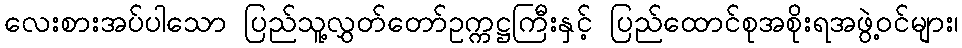
လေးစားအပ်ပါသော ပြည်သူ့လွှတ်တော်ဥက္ကဋ္ဌကြီးနှင့် ပြည်ထောင်စုအစိုးရအဖွဲ့ဝင်များ၊